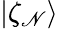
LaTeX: |\zeta_{\mathscr{N}}\rangle